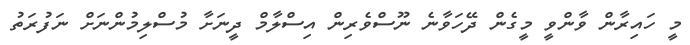
މީ ހައިރާން ވާންވީ މީގެން ދޭހަވާނެ ނޫސްވެރިން އިސްލާމް ދީނަށާ މުސްލިމުންނަށް ނަފުރަތު